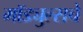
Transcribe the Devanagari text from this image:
मॉड्युल्सचे